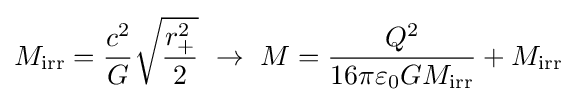
M_{\rm {irr}}={\frac {c^{2}}{G}}{\sqrt {\frac {r_{+}^{2}}{2}}}\ \to \ M={\frac {Q^{2}}{16\pi \varepsilon _{0}GM_{\rm {irr}}}}+M_{\rm {irr}}